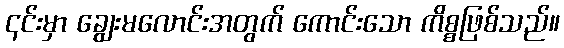
၎င်းမှာ ချွေးမလောင်းအတွက် ကောင်းသော ကိစ္စဖြစ်သည်။